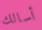
أسالك